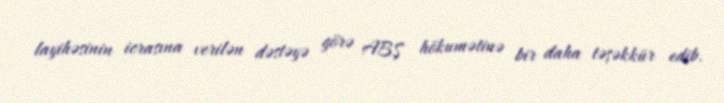
layihəsinin icrasına verilən dəstəyə görə ABŞ hökumətinə bir daha təşəkkür edib.